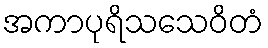
အကာပုရိသသေဝိတံ